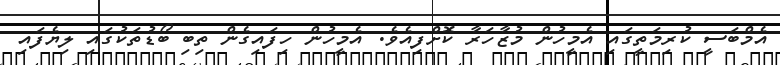
އެމްބަސީ ކުރިމަތީގައި އެމީހުން މުޒާހަރާ ކޮށްފިއެވެ. އެމީހުން ހިފައިގެން ތިބި ބޯޑުތަކުގައި ލިޔެފައި